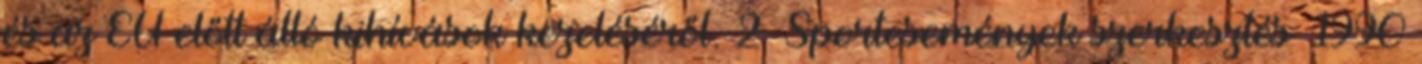
és az EU előtt álló kihívások kezeléséről. 2 Sportesemények szerkesztés 1990